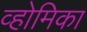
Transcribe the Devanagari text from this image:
व्होमिका